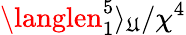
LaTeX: \langlen_{1}^{5}\rangle_{\mathfrak{U}}/\chi^{4}